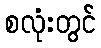
စလုံးတွင်